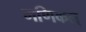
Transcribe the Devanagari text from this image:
मणिकल्